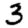
Digit: 3